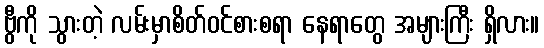
ဗွီကို သွားတဲ့ လမ်းမှာစိတ်ဝင်စားစရာ နေရာတွေ အများကြီး ရှိလား။